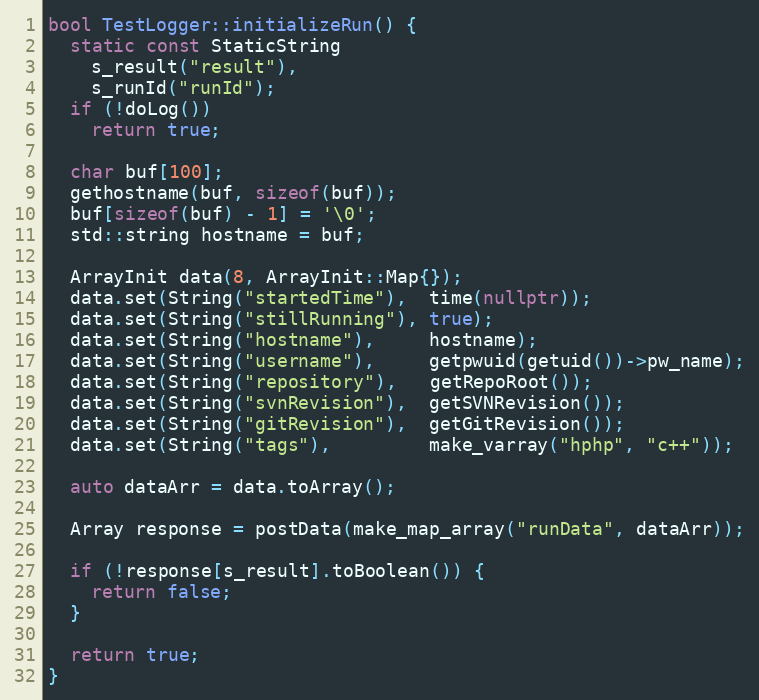
Language: C++
bool TestLogger::initializeRun() {
  static const StaticString
    s_result("result"),
    s_runId("runId");
  if (!doLog())
    return true;

  char buf[100];
  gethostname(buf, sizeof(buf));
  buf[sizeof(buf) - 1] = '\0';
  std::string hostname = buf;

  ArrayInit data(8, ArrayInit::Map{});
  data.set(String("startedTime"),  time(nullptr));
  data.set(String("stillRunning"), true);
  data.set(String("hostname"),     hostname);
  data.set(String("username"),     getpwuid(getuid())->pw_name);
  data.set(String("repository"),   getRepoRoot());
  data.set(String("svnRevision"),  getSVNRevision());
  data.set(String("gitRevision"),  getGitRevision());
  data.set(String("tags"),         make_varray("hphp", "c++"));

  auto dataArr = data.toArray();

  Array response = postData(make_map_array("runData", dataArr));

  if (!response[s_result].toBoolean()) {
    return false;
  }

  return true;
}